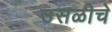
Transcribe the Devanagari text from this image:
उसळीचे